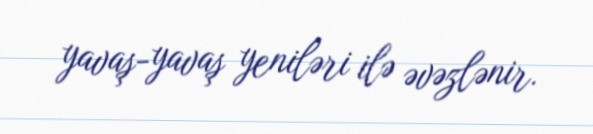
yavaş-yavaş yeniləri ilə əvəzlənir.